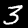
Digit: 3